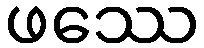
ဖဿေ